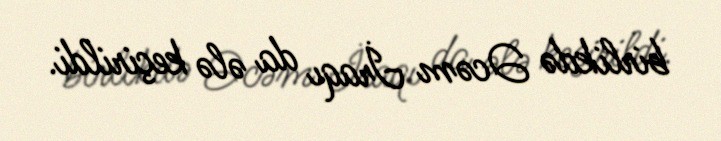
birlikdə Əcəm İraqı da ələ keçirildi.